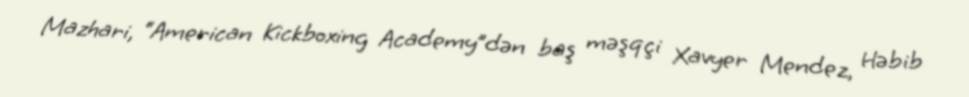
Mazhari, “American Kickboxing Academy”dən baş məşqçi Xavyer Mendez, Həbib